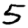
Digit: 5